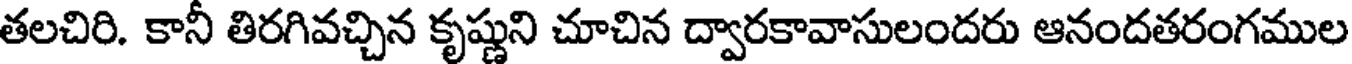
తలచిరి. కానీ తిరగివచ్చిన కృష్ణుని చూచిన ద్వారకావాసులందరు ఆనందతరంగముల